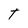
Character: T